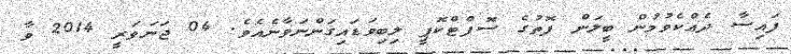
ފައިސާ ދެއްކެވުމުން ބީލަން ފޮތުގެ ސޮފްޓްކޮޕީ ލިބިވަޑައިގަންނަވާނެއެވެ. 04 ޖަނަވަރީ 2014 ވާ